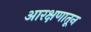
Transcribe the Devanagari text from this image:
आरक्षणातून